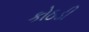
કોઠડી